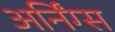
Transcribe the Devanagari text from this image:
अर्निंग्स